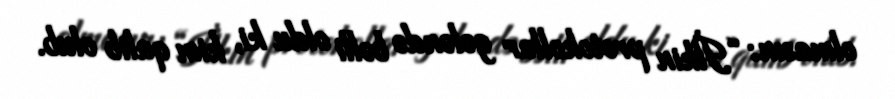
olmasın: “İlkin protokollar gələndə bəlli oldu ki, kim qalib olub.